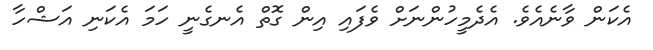
އެކަން ވާނެއެވެ. އެދެމީހުންނަށް ވެފައި އިން ގޮތް އެނގެނީ ހަމަ އެކަނި އަޝްހާ